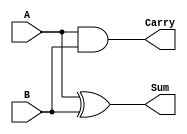
module half_adder (
    input A,        // First input bit
    input B,        // Second input bit
    output Sum,     // Sum output
    output Carry    // Carry output
);
    assign Sum = A ^ B;      // Sum is A XOR B
    assign Carry = A & B;    // Carry is A AND B
endmodule